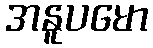
အနူပမော